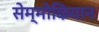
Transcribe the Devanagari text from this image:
सेम्मोऴियान